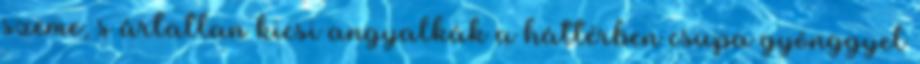
szeme, s ártatlan kicsi angyalkák a háttérben csupa gyönggyel